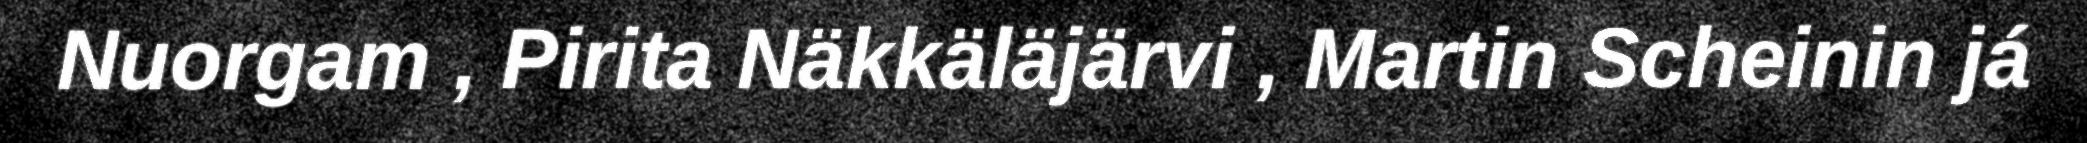
Nuorgam , Pirita Näkkäläjärvi , Martin Scheinin já